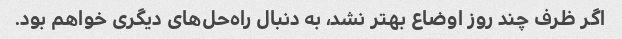
اگر ظرف چند روز اوضاع بهتر نشد، به دنبال راه‌حل‌های دیگری خواهم بود.